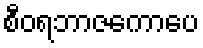
စီဝရဘာဇကောပေ